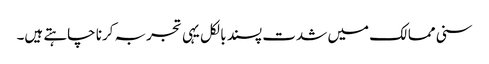
سنی ممالک میں شدت پسند بالکل یہی تجربہ کرنا چاہتے ہیں۔